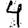
Digit: 4